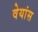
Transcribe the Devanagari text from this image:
वेयांस